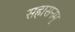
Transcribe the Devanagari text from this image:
सहासनम्